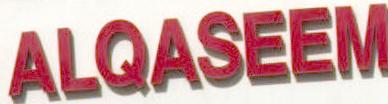
ALQASEEM